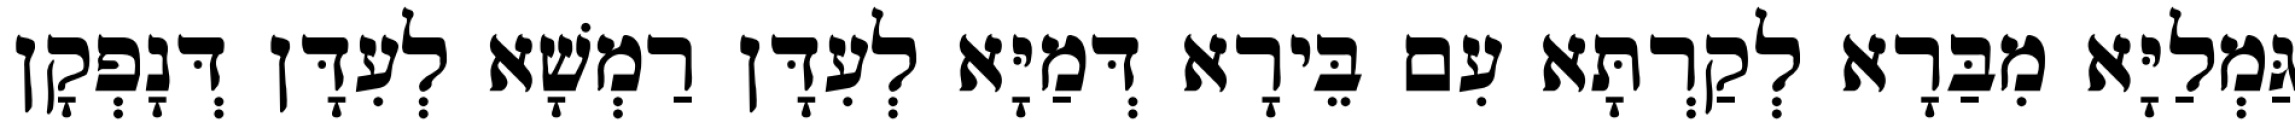
גַּמְלַיָּא מִבַּרָא לְקַרְתָּא עִם בֵּירָא דְּמַיָּא לְעִדָּן רַמְשָׁא לְעִדָּן דְּנָפְקָן